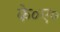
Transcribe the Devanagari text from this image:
के०ए०